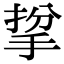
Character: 㧳